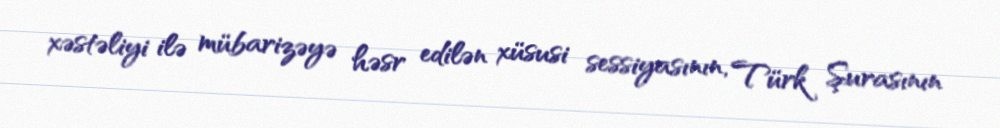
xəstəliyi ilə mübarizəyə həsr edilən xüsusi sessiyasının, Türk Şurasının